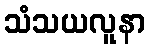
သံသယလူနာ